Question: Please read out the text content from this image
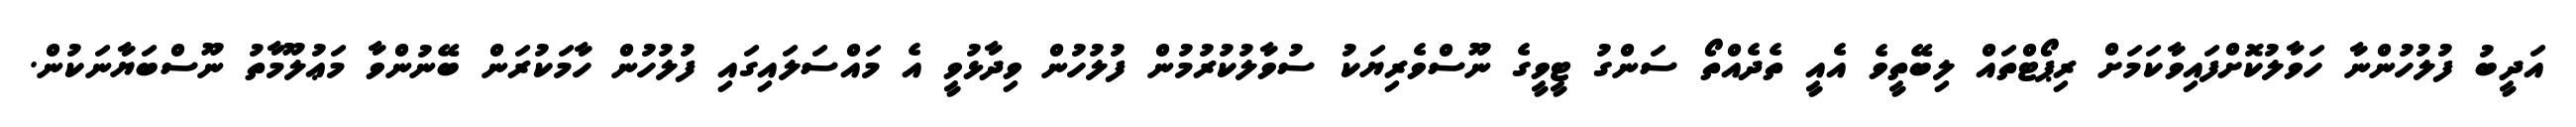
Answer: އަދީބު ފުލުހުންނާ ހަވާލުކޮށްފައިވާކަމަށް ރިޕޯޓްތައް ލިބޭތީވެ އެއީ ތެދެއްތޯ ސަންގު ޓީވީގެ ނޫސްވެރިޔަކު ސުވާލުކުރުމުން ފުލުހުން ވިދާޅުވީ އެ މައްސަލައިގައި ފުލުހުން ހާމަކުރަން ބޭނުންވާ މަޢުލޫމާތު ނޫސްބަޔާނަކުން.